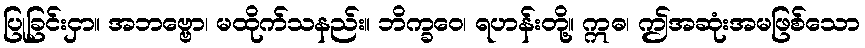
ပြုခြင်းငှာ။ အဘဗ္ဗော၊ မထိုက်သနည်း။ ဘိက္ခဝေ၊ ရဟန်းတို့။ ဣဓ၊ ဤအဆုံးအမဖြစ်သော